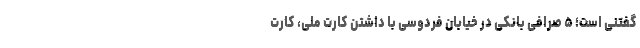
گفتنی است؛ ۵ صرافی بانکی در خیابان فردوسی با داشتن کارت ملی، کارت